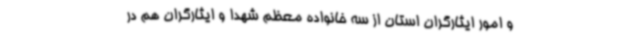
و امور ایثارگران استان از سه خانواده معظم‌ شهدا و ایثارگران هم در